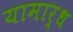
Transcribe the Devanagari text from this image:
यामार्ध